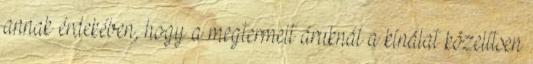
annak érdekében, hogy a megtermelt áruknál a kínálat közelítsen